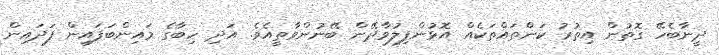
ދީނާބެހޭ ގޮތުން އިތުރު ކަންތައްތަކެއް އޮޅުންފިލުވާދޭން ބޭނުންވާތީއެވެ. އަދި ހިބާގެ މައިންބަފައިން ފަދައިން